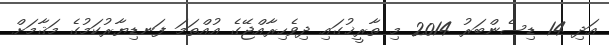
އަދި 14 ޑިސެންބަރު 2014 މި ތާރީޚުގައި ދިވެހިރާއްޖޭގެ އުއްތަމަ ފަނޑިޔާރުކަމުގެ މަޤާމަށް